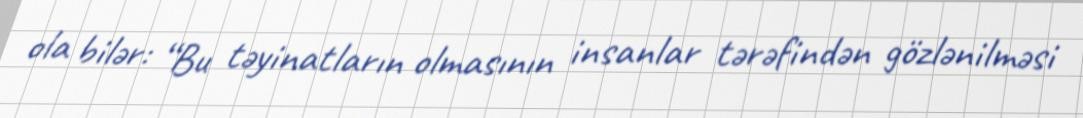
ola bilər: “Bu təyinatların olmasının insanlar tərəfindən gözlənilməsi